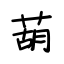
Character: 葫